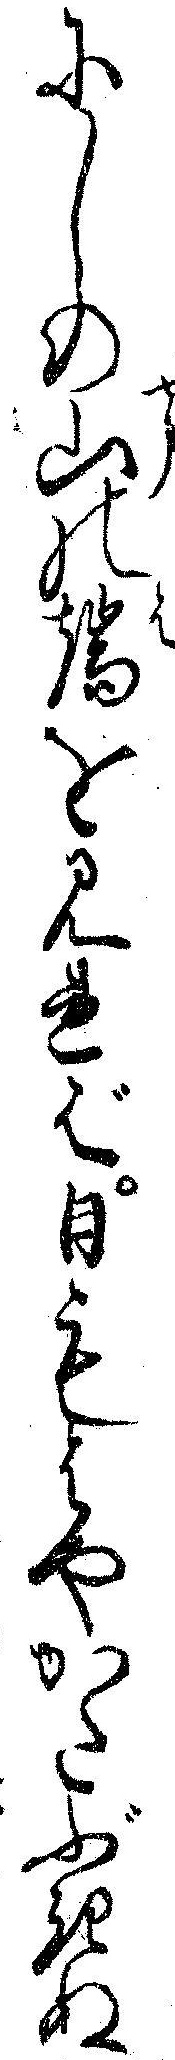
にしの山の端を見れば日もはやかたぶきぬ